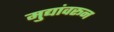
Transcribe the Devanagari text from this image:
मुद्यांवरून